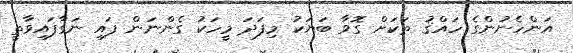
އަންހެނުންގެ ހައްޤު ތަކަށް ގޮވާ ބަޔަކު މިފަދަ މީހަކު ގެންނަން ފައި ނަގާފައިވާތީ